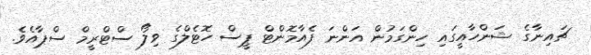
ޗައިނާގެ ޝަންހާއީގައި ހިންގަމުން އަންނަ ފެއާމޮންޓް ޕީސް ހޮޓެލްގެ ވިލޯ ސްޓްރީމް ސްޕާއެވެ.